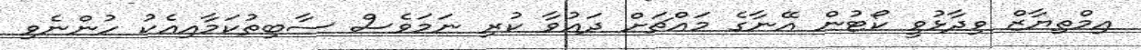
އިމްތިޔާޒް ވިދާޅުވީ ކޯޓުން އޭނާގެ މައްޗަށް ދައުވާ ކުރި ނަމަވެސް ސާބިތުކަމާއިއެކު ހުންނެވި